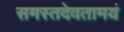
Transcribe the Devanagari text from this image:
समस्तदेवतामयं